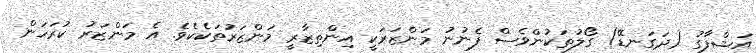
އަޝްފާގު (ދަގަނޑޭ) ގޯލުތަކުންވެސް ފެނުނު މަންޒަރަކީ އިންތިޒާރީ މަންޒަރުތަކެކެވެ. އެ މަންޒަރު ކުރަހަން